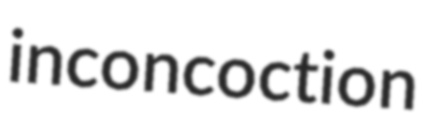
inconcoction